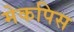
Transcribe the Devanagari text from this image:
मेकपिस